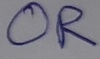
Text: OR